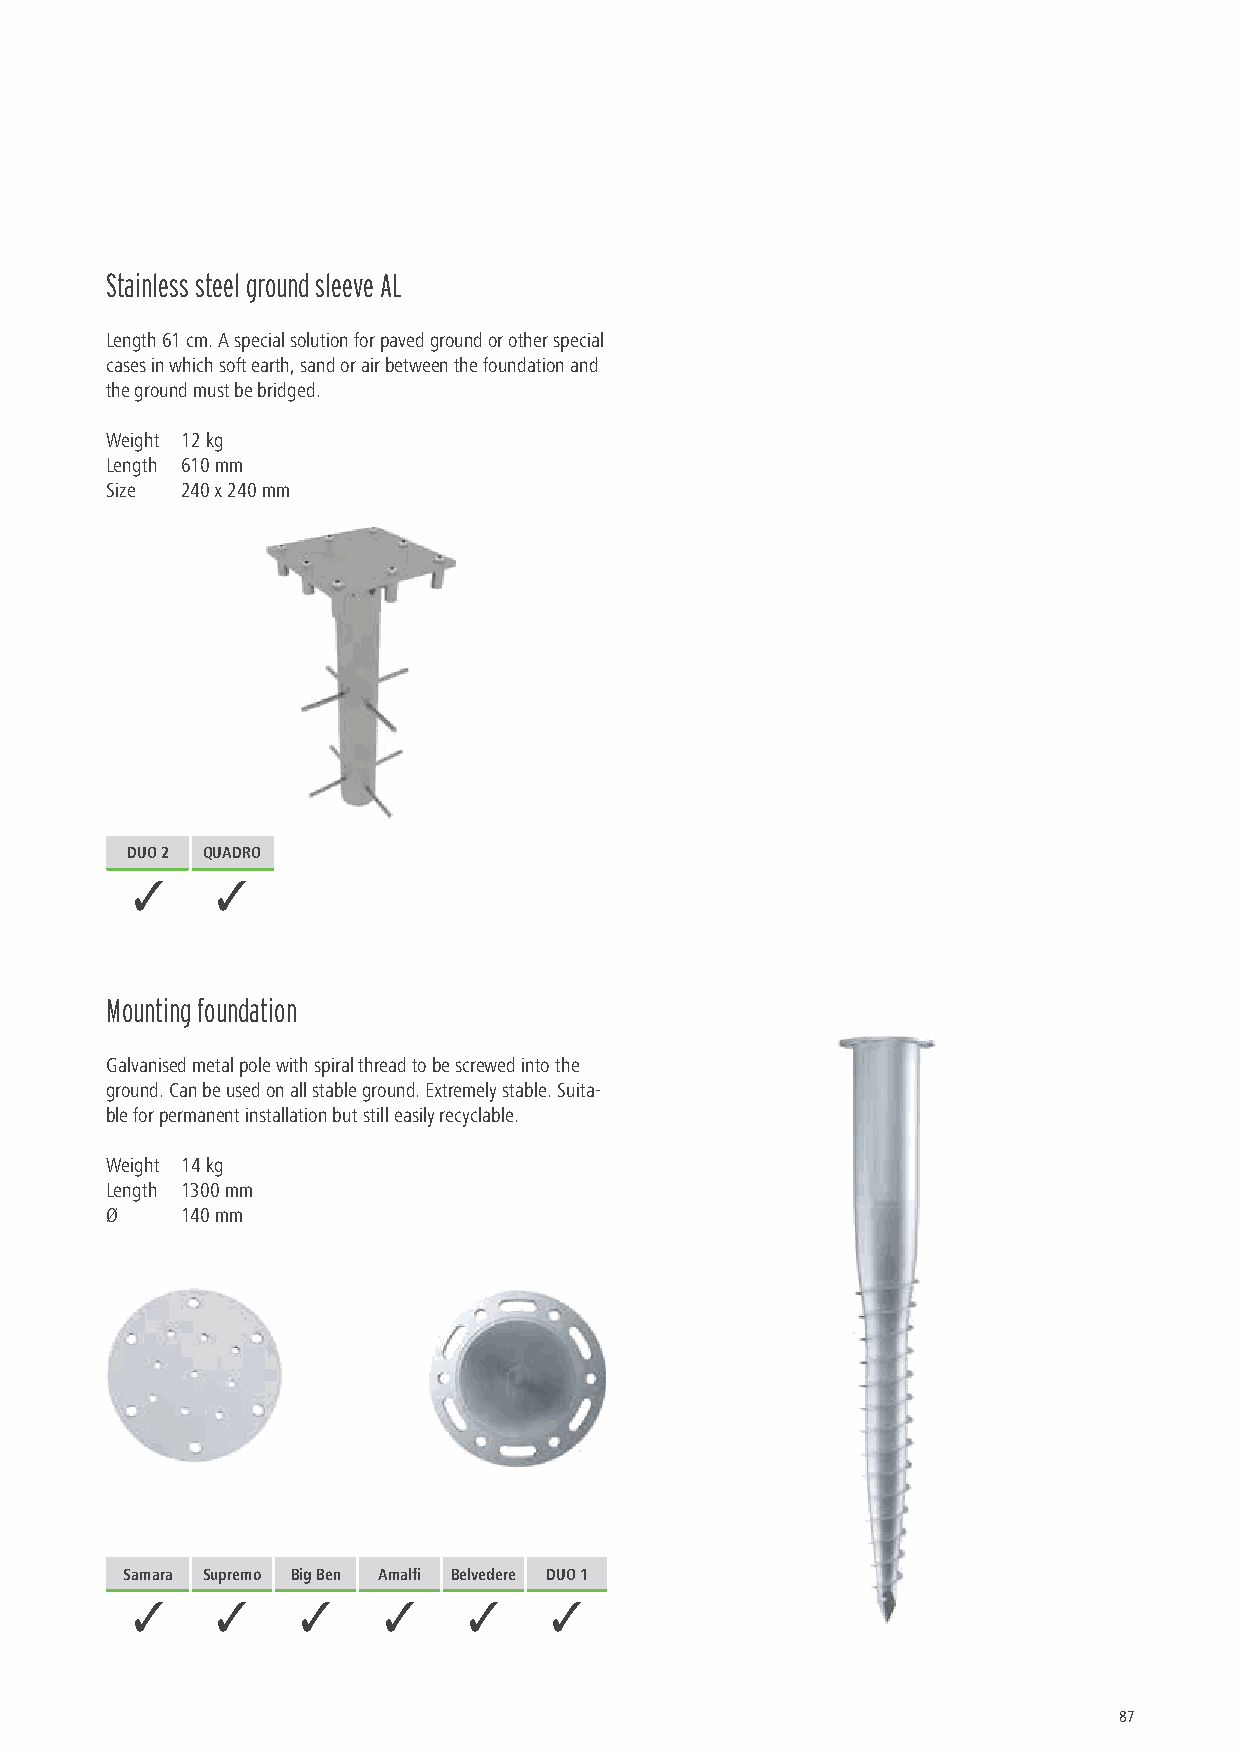
Stainless steel ground sleeve AL
 Length 61 cm. A special solution for paved ground or other special
 cases in which soft earth, sand or air between the foundation and
 the ground must be bridged.
 Weight 12 kg
 Length 610 mm
 Size 240 x 240 mm
 DUO 2 QUADRO
 3    3
 Mounting foundation
 Galvanised metal pole with spiral thread to be screwed into the
 ground. Can be used on all stable ground. Extremely stable. Suita-
 ble for permanent installation but still easily recyclable.
 Weight 14 kg
 Length 1300 mm
 Ø    140 mm
 Samara Supremo Big Ben Amalfi Belvedere DUO 1
 3    3     3    3     3    3
 87